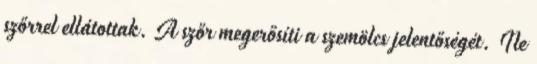
szőrrel ellátottak. A szőr megerősíti a szemölcs jelentőségét. Ne